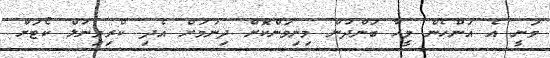
ވަނީ އެ އަންހެން މީހާ ބަންދުން މިނިވަންކޮށް ދިނުމަށް އެދި ކްރިމިނަލް ކޯޓަށް